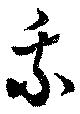
乗